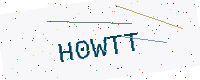
Text: H0WTT